Annual report of the Civil Veterinary Department, Bengal, and of the Bengal Veterinary College, for the year 1900-1901 - 1900-1901
Year: 1900
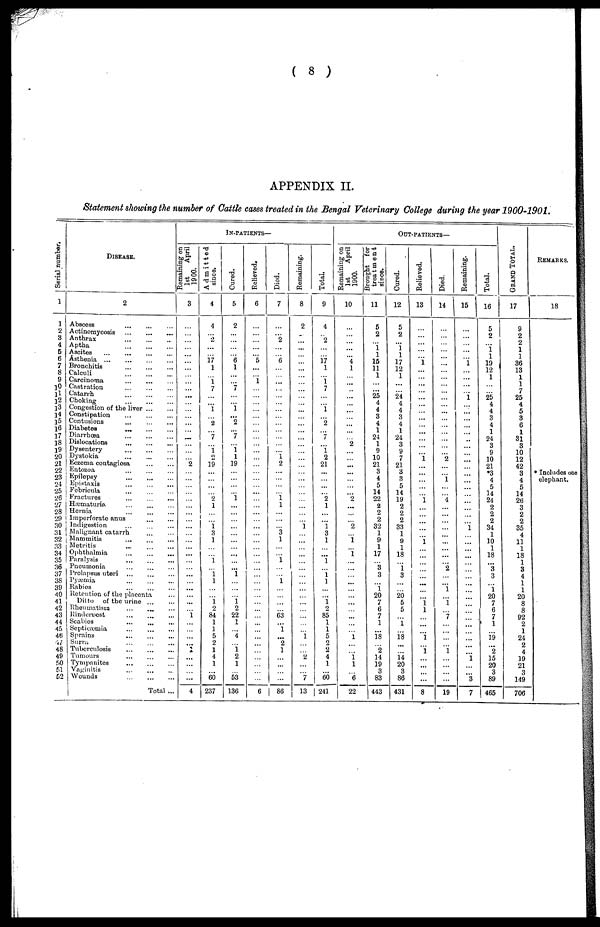
( 8 )
APPENDIX II.
Statement showing the number of Cattle cases treated in the Bengal Veterinary College during the year 1900-1901.
Serial number.
1
1
2
3
4
5
6
7
8
9
10
ll
12
13
14
15
16
17
18
19
20
21
22
23
24
25
26
27
28
29
30
31
32
33
34
35
36
37
38
39
40
41
42
43
44
45
46
47
48
49
50
51
52
DISEASE.
2
Abscess
...
...
...
Actinomycosis
...
...
...
Anthrax
...
...
...
Aptha ... ... ...
Ascites ... ... ... ...
Asthenia ... ... ... ...
Bronchitis
...
...
...
Calculi
...
...
...
Carcinoma ... ... ...
Castration ... ... ...
Catarrh
...
...
...
Choking ... ... ...
Congestion of the liver ... ...
Constipation
...
...
...
Contusions ... ... ...
Diabetes
...
...
...
Diarrhoea
...
...
...
Dislocations ... ... ...
Dysentery ... ... ...
Dystokia ... ... ...
Eczema contagiosa ... ...
Entozoa ... ... ...
Epilepsy ... ... ...
Epistaxis ... ... ...
Febricula ... ... ...
Fractures ... ... ...
Hæmaturia ... ... ...
Hernia ... ... ...
Imperforate anus ... ...
Indigestion ... ... ...
Malignant catarrh ... ...
Mammitis ... ... ...
Metritis
...
...
...
Ophthalmia ... ... ...
Paralysis
...
...
...
Pneumonia
...
...
...
Prolapsus uteri ... ... ...
Pyæmia ... ... ...
Rabies ... ... ...
Retention of the placenta ...
Ditto of the urine ... ...
Rheumatism
... ... ...
Rinderpest
...
... ...
Scabies ... ... ...
Septicæmia ... ... ...
Sprains
...
...
...
Surra
...
...
...
Tuberculosis ... ... ...
Tumours ... ... ...
Tympanites ... ... ...
Vaginitis ... ... ...
Wounds ... ... ...
Total ...
IN-PATIENTS—
Remaming on
1st
April
1900.
3
...
...
...
...
...
...
...
...
...
...
...
...
...
...
...
...
...
...
...
...
1
...
...
...
...
...
...
...
...
...
...
...
... ...
...
...
...
... ...
...
...
...
1
...
...
...
... 1
...
...
... ...
4
Admitted
since.
4
4
...
2
...
... 17
1
...
1
7
...
...
1
... 2
...
1
...
1
2
19
...
...
...
... 2
1
...
...
1 3
1
...
...
1
...
1 1
...
...
1 2
84
1
1
5
2
1
4
1
... 60
237
Cured.
5
2
...
...
...
...
6 1
...
...
7
...
...
1
...
2
... 7
...
1 1
19
...
...
...
... 1
...
...
...
...
...
...
... ...
...
...
1
...
...
...
1 2
22
1
... 4
...
1 2
1
... 53
136
Relieved.
6
...
...
...
...
... 5
...
...
1
...
...
...
...
...
...
...
...
...
...
...
...
...
...
...
...
...
...
...
...
...
...
...
...
...
...
...
...
...
...
...
...
...
...
...
...
...
...
...
...
...
...
...
6
Died.
7
...
...
2
...
...
6
...
...
...
...
...
...
...
...
...
...
...
...
...
1
2
...
...
...
...
1 1
...
...
... 3
1
...
...
1
...
...
1
...
...
...
... 63
...
1 ...
2
1
...
...
...
...
86
Remaining.
8
2
...
...
...
...
...
...
...
...
...
...
...
...
...
...
...
...
...
...
...
...
...
...
...
...
...
...
...
...
1
...
...
...
...
...
...
...
...
...
...
...
...
...
...
...
1
...
... 2
...
... 7
13
Total.
9
4
...
2
...
... 17
1
...
1 7
...
...
1
... 2
...
7
...
1
2
21
...
...
...
... 2
1
...
...
1
3
1
... ...
1
...
1 1
...
...
1 2
85
1
1
5
2
2
4
1
... 60
241
OUT-PATIENTS—
Remaining on
1st
April
1900.
10
...
...
...
...
... 4
1
...
...
...
...
...
...
...
...
...
... 2
...
... ...
...
...
...
... 2
...
...
...
2
...
1
...
1
...
...
...
...
...
...
...
...
...
...
... 1
...
...
1 1
... 6
22
Brought for
treatment
since.
11
5
2
... 1 1
15
11
1
... ...
25
4
4
3
4
1
24
1
9
10
21
3
4
5
14
22
2
2
2
32
1
9
1
17
... 3
3
... 1
20
7
6
7
1
... 18
... 2
14
19
3
83
443
Cured.
12
5
2
... 1 1
17
12
1
...
... 24
4
4
3
4
1
24
3
9
7
21
3
3
5
14
19
2
2
2
33
1
9
1
18
...
1 3
...
... 20
5
5
...
1
... 18
...
... 14
20
3
86
431
Relieved.
13
...
...
...
...
...
1
...
...
...
...
...
...
...
...
... ...
...
...
...
1
...
...
...
...
...
1
...
...
...
...
...
1
...
...
...
...
...
...
...
...
1 1
...
...
...
1
...
1
... ...
...
...
8
Died.
14
...
...
...
...
...
...
...
...
...
...
...
...
...
...
...
...
...
...
...
2
...
... 1
...
...
4
...
...
...
...
...
...
...
...
... 2
...
... 1
...
1
... 7
...
...
...
...
1
...
...
...
...
19
Remaining.
15
...
...
...
...
...
1
...
...
...
...
1
...
...
...
...
...
...
...
...
...
...
...
...
...
...
...
...
...
...
1
...
...
... ...
...
...
...
...
...
...
...
...
...
...
...
...
...
...
1
...
... 3
7
Total.
16
5
2
...
1 1
19
12
1
...
...
25
4
4
3
4
1
24
3
9
10
21
*3
4
5
14
24
2
2
2
34
1
10
1
18
...
3
3
1
20
7
6
7
1
... 19
...
2
15
20
3
89
465
GRAND TOTAL.
17
9
2
2
1
1
36
13
1
1
7
25
4
5
3
6
1
31
3
10
12
42
3
4
5
14
26
3
2
2
35
4
11
1
18
1
3
4
1
1
20
8
8
92
2
1
24
2
4
19
21
3
149
706
REMARKS.
18
* Includes one
elephant.